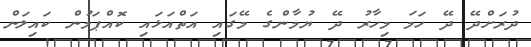
ދުރަށްދޭ ދޭ ހަމަ މިހާރު ދޭ ޔުމާންގެ މޭގައި އަތްއަޅައި ކޮއްޕަމުން ކައިލަން